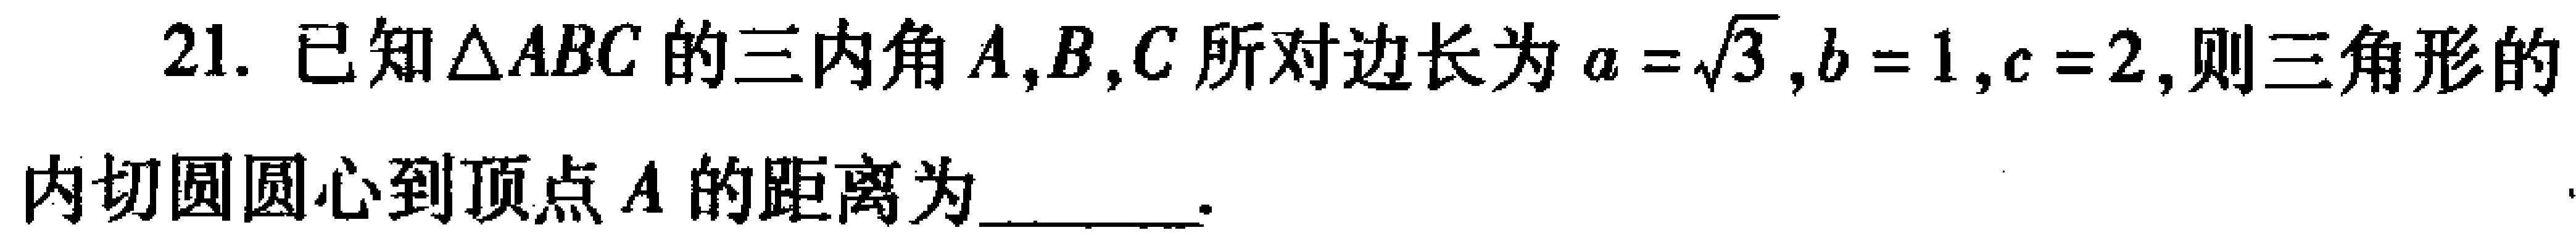
21. 已知\(\triangle ABC\)的三内角\(A,B,C\)所对边长为\(a = \sqrt{3},b = 1,c = 2\)，则三角形的内切圆圆心到顶点\(A\)的距离为  。